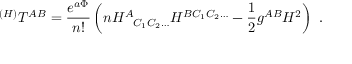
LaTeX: ^ { ( H ) } T ^ { A B } = { \frac { e ^ { a \Phi } } { n ! } } \left( n H _ { ~ ~ C _ { 1 } C _ { 2 } \ldots } ^ { A } H ^ { B C _ { 1 } C _ { 2 } \ldots } - { \frac { 1 } { 2 } } g ^ { A B } H ^ { 2 } \right) \ .